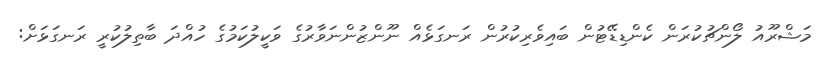
މަޝްރޫއު ލޯންޗުކުރަން ކެންޑިޑޭޓުން ބައިވެރިކުރުން ރަނގަޅެއް ނޫންޒުންނަވާރުގެ ވަކީލުކަމުގެ ހުއްދަ ބާތިލުކުރީ ރަނގަޅަށް: